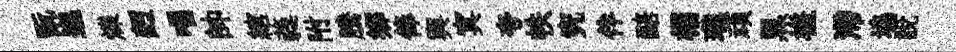
翫邈爍麪唱帥綰蕤附騰鄕俸輿㝠夸帙究伴醅榻瓏頑黒槎滯塢説